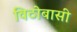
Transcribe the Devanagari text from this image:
विठोबासी